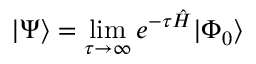
| \Psi \rangle = \operatorname* { l i m } _ { \tau \rightarrow \infty } e ^ { - \tau \hat { H } } | \Phi _ { 0 } \rangle